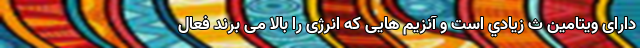
دارای ویتامین ث زيادي است و آنزیم هایی که انرژی را بالا می برند فعال